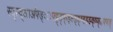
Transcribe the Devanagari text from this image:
स्द्स्द्आअ॑फ्ङ्ः़फ्ट्ट्ड़्फ्ड्क्ष्ड्क्ष्झ्झ्झ्क्ष्फ्॰फ्फ्ङ्